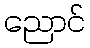
ညောင်